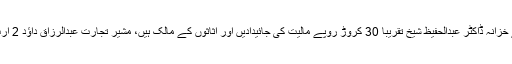
اس کے علاوہ وزیراعظم کے مشیر برائے خزانہ ڈاکٹر عبدالحفیظ شیخ تقریباً 30 کروڑ روپے مالیت کی جائیدادیں اور اثاثوں کے مالک ہیں، مشیر تجارت عبدالرزاق داؤد 2 ارب روپے سے زائد کے اثاثے رکھتے ہیں۔